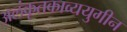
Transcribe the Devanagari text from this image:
अलंकृतकाव्ययुगीन